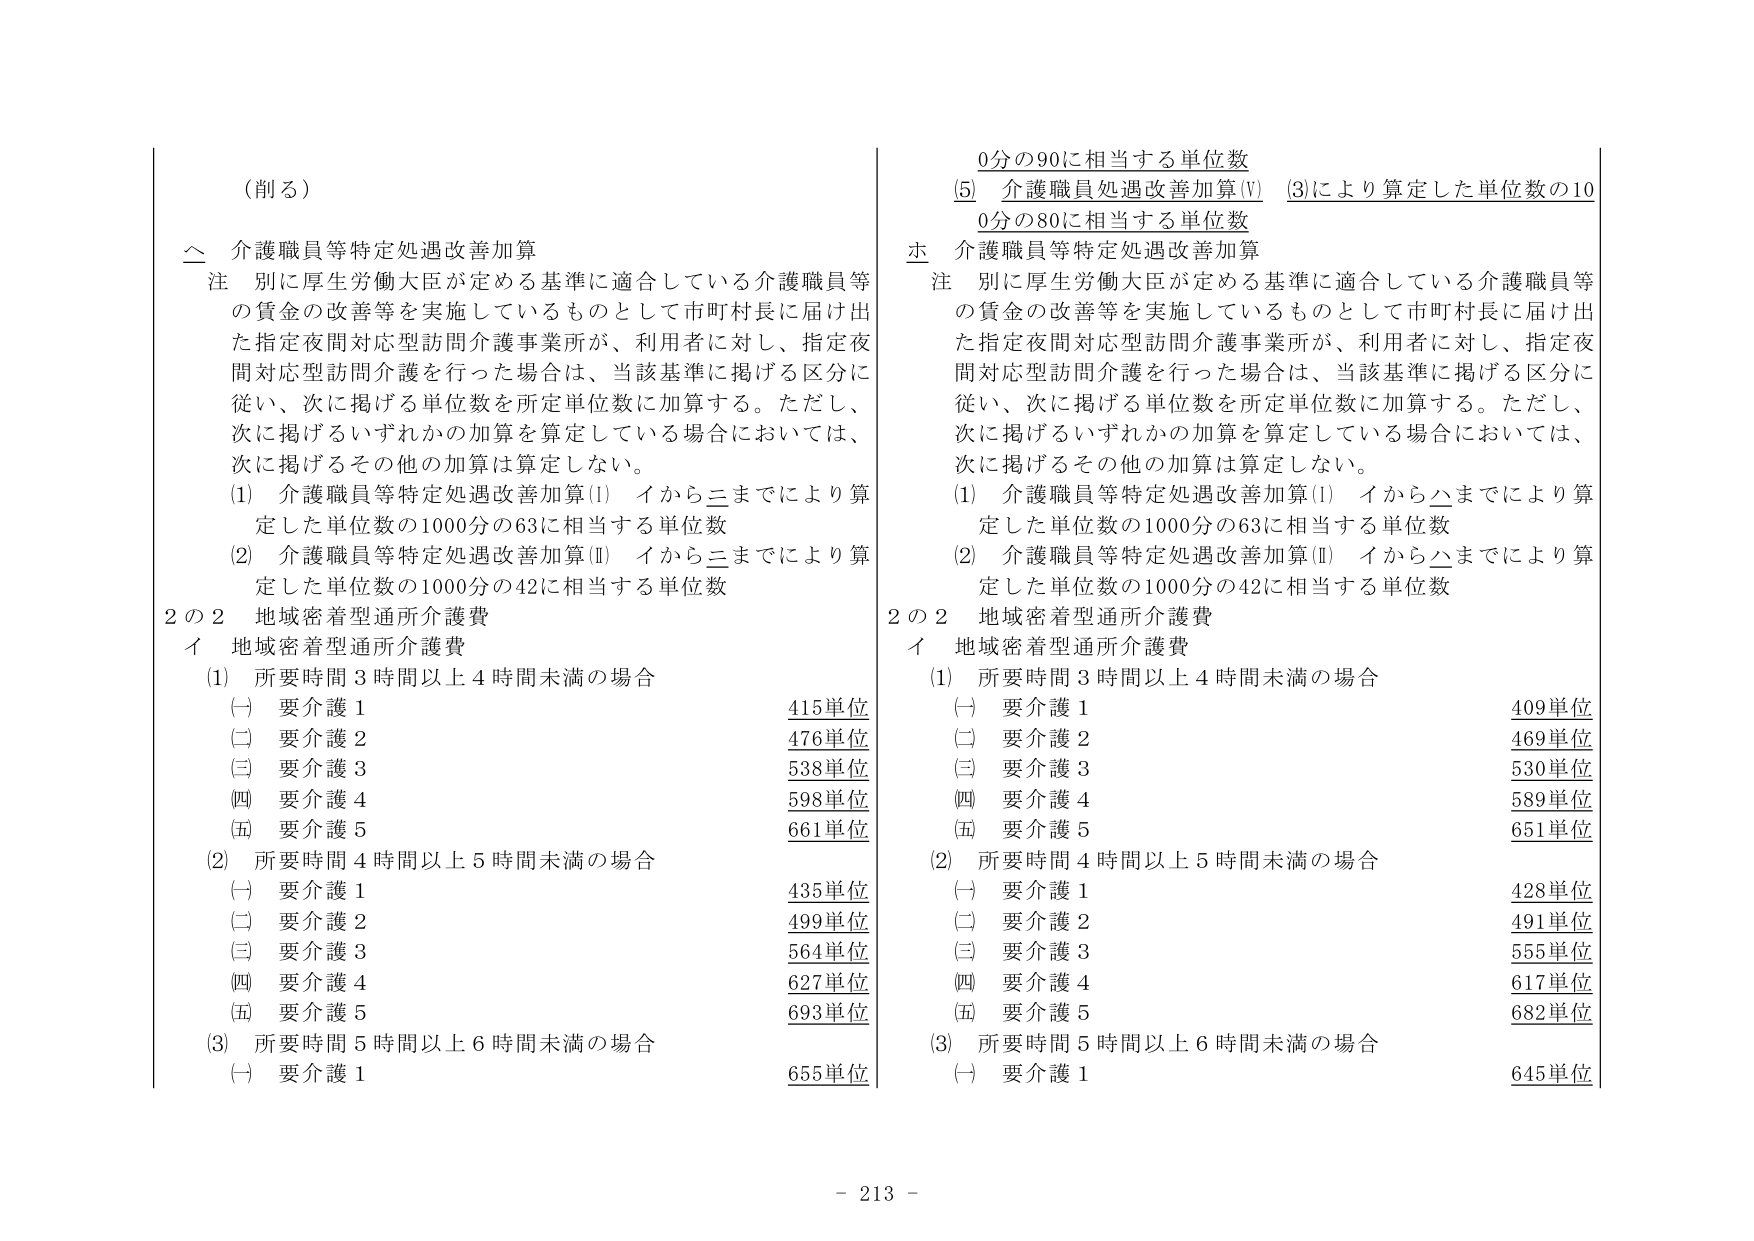
（削る）

△ 介護職員等特定処遇改善加算
注 別に厚生労働大臣が定める基準に適合している介護職員等の賃金の改善等を実施しているものとして市町村長に届け出た指定夜間対応型訪問介護事業所が、利用者に対し、指定夜間対応型訪問介護を行った場合は、当該基準に掲げる区分に従い、次に掲げる単位数を所定単位数に加算する。ただし、次に掲げるいずれかの加算を算定している場合においては、次に掲げるその他の加算は算定しない。
(1) 介護職員等特定処遇改善加算(I) イから三までにより算定した単位数の1000分の63に相当する単位数
(2) 介護職員等特定処遇改善加算(II) イから三までにより算定した単位数の1000分の42に相当する単位数

2の2 地域密着型通所介護費
イ 地域密着型通所介護費
(1) 所要時間3時間以上4時間未満の場合
　(一) 要介護1 415単位
　(二) 要介護2 476単位
　(三) 要介護3 538単位
　(四) 要介護4 598単位
　(五) 要介護5 661単位
(2) 所要時間4時間以上5時間未満の場合
　(一) 要介護1 435単位
　(二) 要介護2 499単位
　(三) 要介護3 564単位
　(四) 要介護4 627単位
　(五) 要介護5 693単位
(3) 所要時間5時間以上6時間未満の場合
　(一) 要介護1 655単位

0分の90に相当する単位数
(5) 介護職員処遇改善加算(V) (3)により算定した単位数の10
0分の80に相当する単位数

本 介護職員等特定処遇改善加算
注 別に厚生労働大臣が定める基準に適合している介護職員等の賃金の改善等を実施しているものとして市町村長に届け出た指定夜間対応型訪問介護事業所が、利用者に対し、指定夜間対応型訪問介護を行った場合は、当該基準に掲げる区分に従い、次に掲げる単位数を所定単位数に加算する。ただし、次に掲げるいずれかの加算を算定している場合においては、次に掲げるその他の加算は算定しない。
(1) 介護職員等特定処遇改善加算(I) イから△までにより算定した単位数の1000分の63に相当する単位数
(2) 介護職員等特定処遇改善加算(II) イから△までにより算定した単位数の1000分の42に相当する単位数

2の2 地域密着型通所介護費
イ 地域密着型通所介護費
(1) 所要時間3時間以上4時間未満の場合
　(一) 要介護1 409単位
　(二) 要介護2 469単位
　(三) 要介護3 530単位
　(四) 要介護4 589単位
　(五) 要介護5 651単位
(2) 所要時間4時間以上5時間未満の場合
　(一) 要介護1 428単位
　(二) 要介護2 491単位
　(三) 要介護3 555単位
　(四) 要介護4 617単位
　(五) 要介護5 682単位
(3) 所要時間5時間以上6時間未満の場合
　(一) 要介護1 645単位

- 213 -